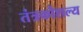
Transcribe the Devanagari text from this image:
तंत्रकौशल्य